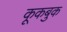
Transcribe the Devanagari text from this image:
कूकबुक